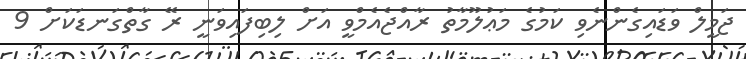
ޖަމީލް ވަޑައިގެންނެވި ކަމުގެ މަޢުލޫމާތު ރާއްޖެއެމްވީ އަށް ލިބިފައިވަނީ ރޭ ގާތްގަނޑަކަށް 9